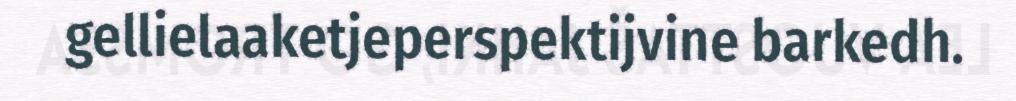
gellielaaketjeperspektijvine barkedh.